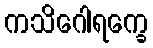
ကသိဂေါရက္ခေ